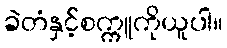
ခဲတံနှင့်စက္ကူကိုယူပါ။